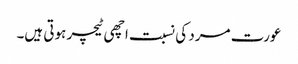
عورت مرد کی نسبت اچھی ٹیچر ہوتی ہیں۔